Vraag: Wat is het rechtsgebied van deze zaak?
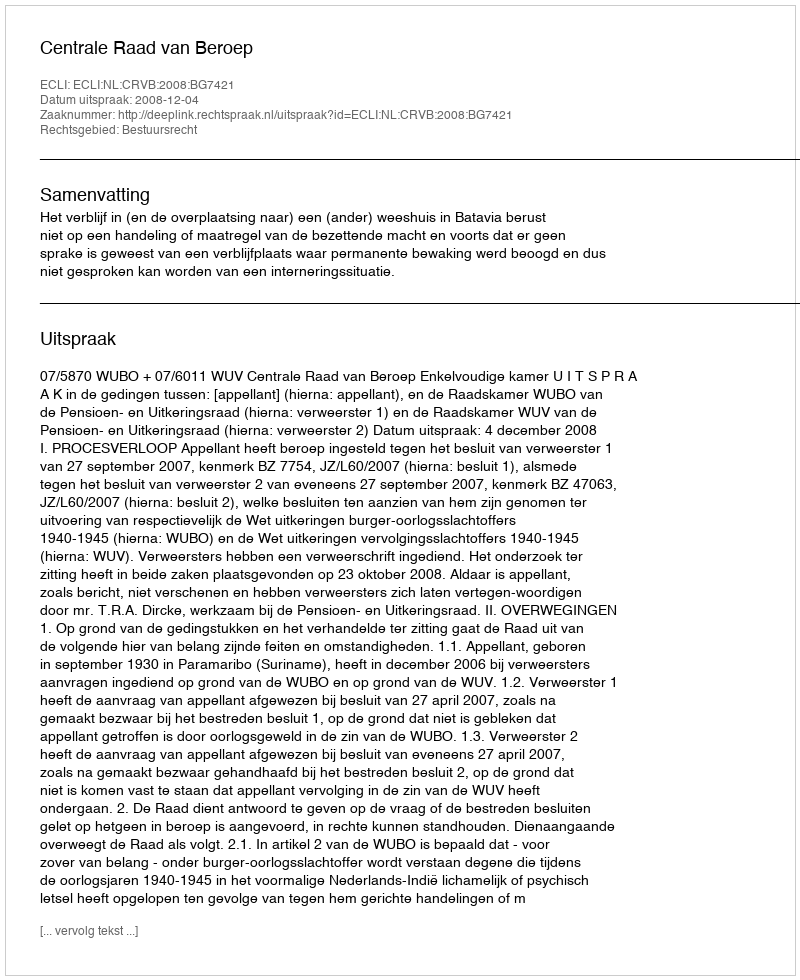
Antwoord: Bestuursrecht